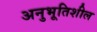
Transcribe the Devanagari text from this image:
अनुभूतिशील